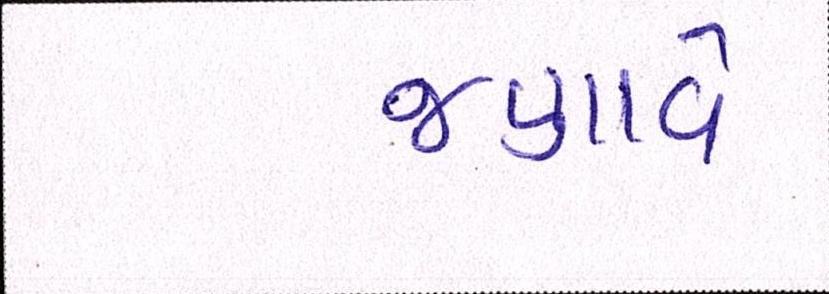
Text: જણાવે